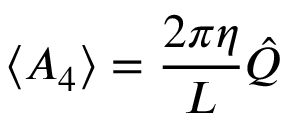
\langle { \cal A } _ { 4 } \rangle = \frac { 2 \pi \eta } { L } \hat { Q }